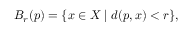
B _ { r } ( p ) = \{ x \in X \mid d ( p , x ) < r \} ,